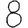
Digit: 8